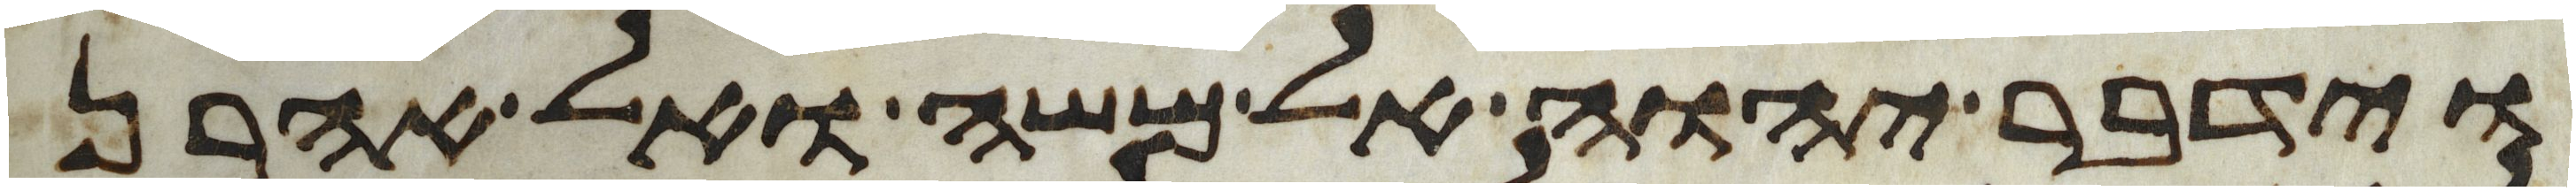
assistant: וידבר יהוה אל משה ואל אהרן